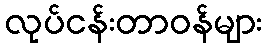
လုပ်ငန်းတာဝန်များ